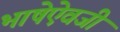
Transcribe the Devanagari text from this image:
भाषेऐवजी